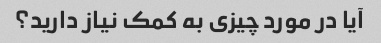
آیا در مورد چیزی به کمک نیاز دارید؟